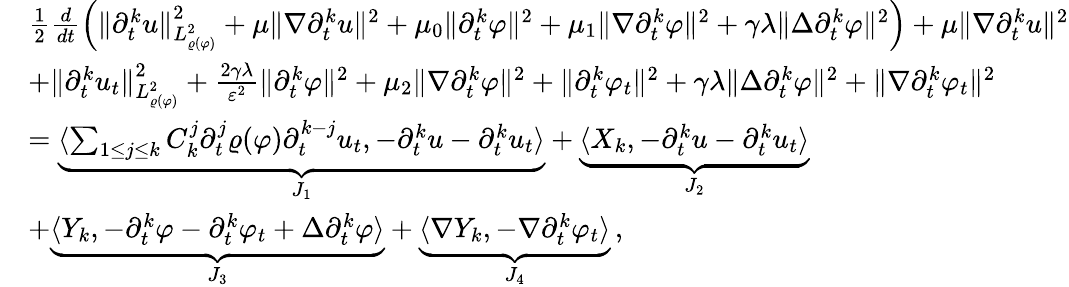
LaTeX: \begin{array}{rl}&{\frac{1}{2}\frac{d}{dt}\Big(\| \partial_{t}^{k}u\| _{L_{\varrho(\varphi)}^{2}}^{2}+\mu\| \nabla\partial_{t}^{k}u\| ^{2}+\mu_{0}\| \partial_{t}^{k}\varphi\| ^{2}+\mu_{1}\| \nabla\partial_{t}^{k}\varphi\| ^{2}+\gamma\lambda\| \Delta\partial_{t}^{k}\varphi\| ^{2}\Big)+\mu\| \nabla\partial_{t}^{k}u\| ^{2}}\\ &{+\| \partial_{t}^{k}u_{t}\| _{L_{\varrho(\varphi)}^{2}}^{2}+\frac{2\gamma\lambda}{\varepsilon^{2}}\| \partial_{t}^{k}\varphi\| ^{2}+\mu_{2}\| \nabla\partial_{t}^{k}\varphi\| ^{2}+\| \partial_{t}^{k}\varphi_{t}\| ^{2}+\gamma\lambda\| \Delta\partial_{t}^{k}\varphi\| ^{2}+\| \nabla\partial_{t}^{k}\varphi_{t}\| ^{2}}\\ &{=\underbrace{\langle\sum_{1\leq j\leq k}C_{k}^{j}\partial_{t}^{j}\varrho(\varphi)\partial_{t}^{k-j}u_{t},-\partial_{t}^{k}u-\partial_{t}^{k}u_{t}\rangle}_{J_{1}}+\underbrace{\langle X_{k},-\partial_{t}^{k}u-\partial_{t}^{k}u_{t}\rangle}_{J_{2}}}\\ &{+\underbrace{\langle Y_{k},-\partial_{t}^{k}\varphi-\partial_{t}^{k}\varphi_{t}+\Delta\partial_{t}^{k}\varphi\rangle}_{J_{3}}+\underbrace{\langle\nabla Y_{k},-\nabla\partial_{t}^{k}\varphi_{t}\rangle}_{J_{4}}\, ,}\end{array}